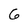
Character: 6